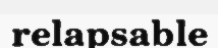
relapsable